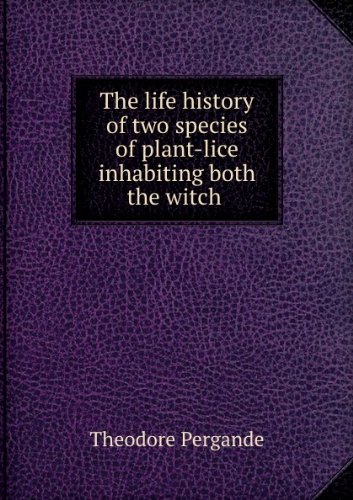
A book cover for The life history of two species of plant-lice inhabiting both the witch-hazel and birch (U.S. Dept. of agriculture. Division of entomology. Technical series); Theodore Pergande; Health, Fitness & Dieting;